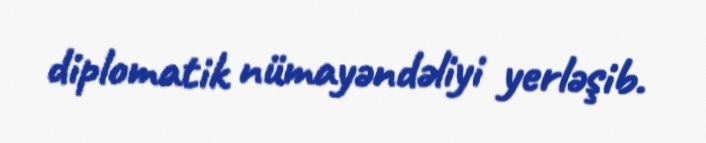
diplomatik nümayəndəliyi yerləşib.